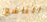
التاسع